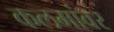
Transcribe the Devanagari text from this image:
कलमांवर